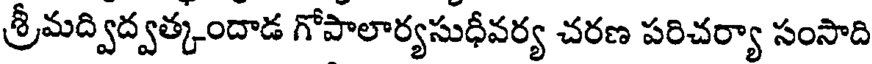
శ్రీమద్విద్వత్కందాడ గోపాలార్యసుధీవర్య చరణ పరిచర్యా సంసాది